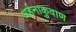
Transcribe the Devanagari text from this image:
अर्हनाकुवाण